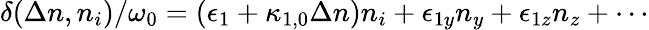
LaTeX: \delta(\Delta n,n_{i})/\omega_{0}=(\epsilon_{1}+\kappa_{1,0}\Delta n)n_{i}+\epsilon_{1y}n_{y}+\epsilon_{1z}n_{z}+\cdots